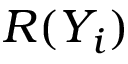
R ( Y _ { i } )